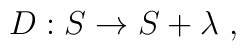
D: S\rightarrow S + \lambda\ ,